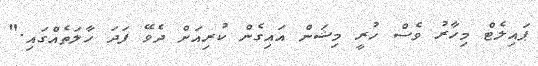
ޕައިލެޓް މިހާރު ވެސް ހުރީ މިޝަން އައިގެން ކުރިއަށް ދެވޭ ފަދަ ހާލަތެއްގައި."